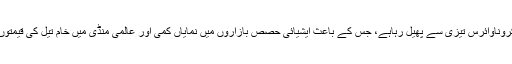
تفصیلات کے مطابق چین میں کروناوائرس تیزی سے پھیل رہاہے، جس کے باعث ایشیائی حصص بازاروں میں نمایاں کمی اور عالمی منڈی میں خام تیل کی قیمتوں میں بھی کمی ریکارڈ کی گئی۔